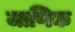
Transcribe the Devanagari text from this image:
जाणिक